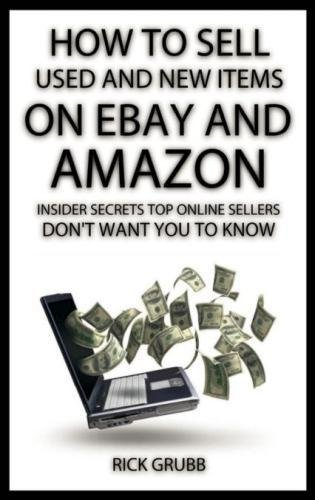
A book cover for How To Sell Used And New Items On eBay And Amazon: Insider Secrets Top Online Sellers Don't Want You To Know; Rick Grubb; Computers & Technology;